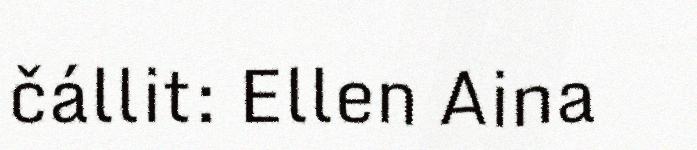
čállit: Ellen Aina